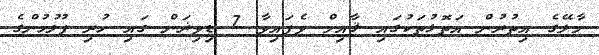
މާލޭގެ އިތުރުން އަތޮޅުތަކުގައި ޤާއިމް ވެފައިވާ 7 ޑިވިޜަން ގައި ހުރި ފުލުހުންގެ